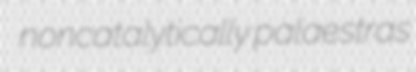
noncatalytically palaestras